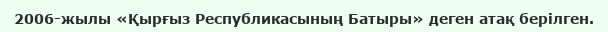
2006-жылы «Қырғыз Республикасының Батыры» деген атақ берілген.